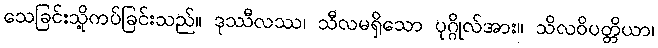
သေခြင်းသို့ကပ်ခြင်းသည်။ ဒုဿီလဿ၊ သီလမရှိသော ပုဂ္ဂိုလ်အား။ သိလဝိပတ္တိယာ၊